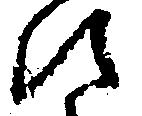
え